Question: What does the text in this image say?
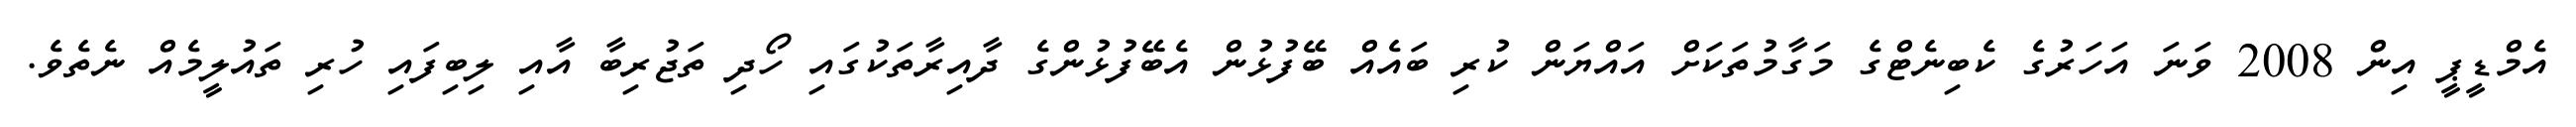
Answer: އެމްޑީޕީ އިން 2008 ވަނަ އަހަރުގެ ކެބިނެޓްގެ މަގާމުތަކަށް އައްޔަން ކުރި ބައެއް ބޭފުޅުން އެބޭފުޅުންގެ ދާއިރާތަކުގައި ހޯދި ތަޖުރިބާ އާއި ލިބިފައި ހުރި ތައުލީމެއް ނެތެވެ.